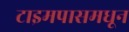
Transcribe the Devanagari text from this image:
टाइमपासमधून